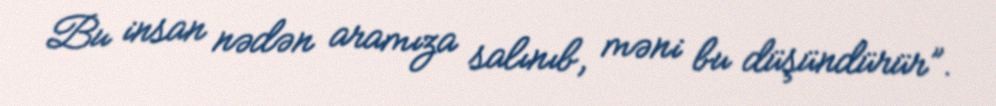
Bu insan nədən aramıza salınıb, məni bu düşündürür”.